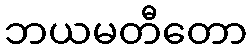
ဘယမတီတော